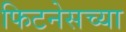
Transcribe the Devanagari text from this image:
फिटनेसच्या